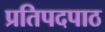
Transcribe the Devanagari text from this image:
प्रतिपदपाठ